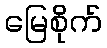
မြေစိုက်